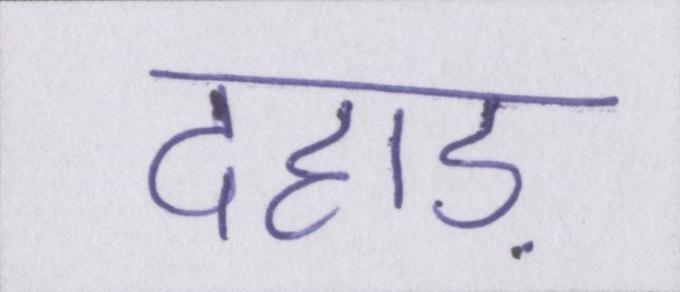
दहाड़